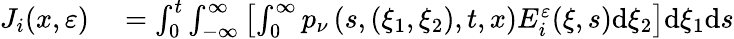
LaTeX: \begin{array}{rl}{J_{i}(x,\varepsilon)}&{{}=\int_{0}^{t}\int_{-\infty}^{\infty}\left[\int_{0}^{\infty}p_{\nu}\left(s,(\xi_{1},\xi_{2}),t,x\right)E_{i}^{\varepsilon}(\xi,s)\mathrm{d}\xi_{2}\right]\mathrm{d}\xi_{1}\mathrm{d}s}\end{array}